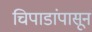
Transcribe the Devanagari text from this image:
चिपाडांपासून